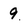
Character: 9